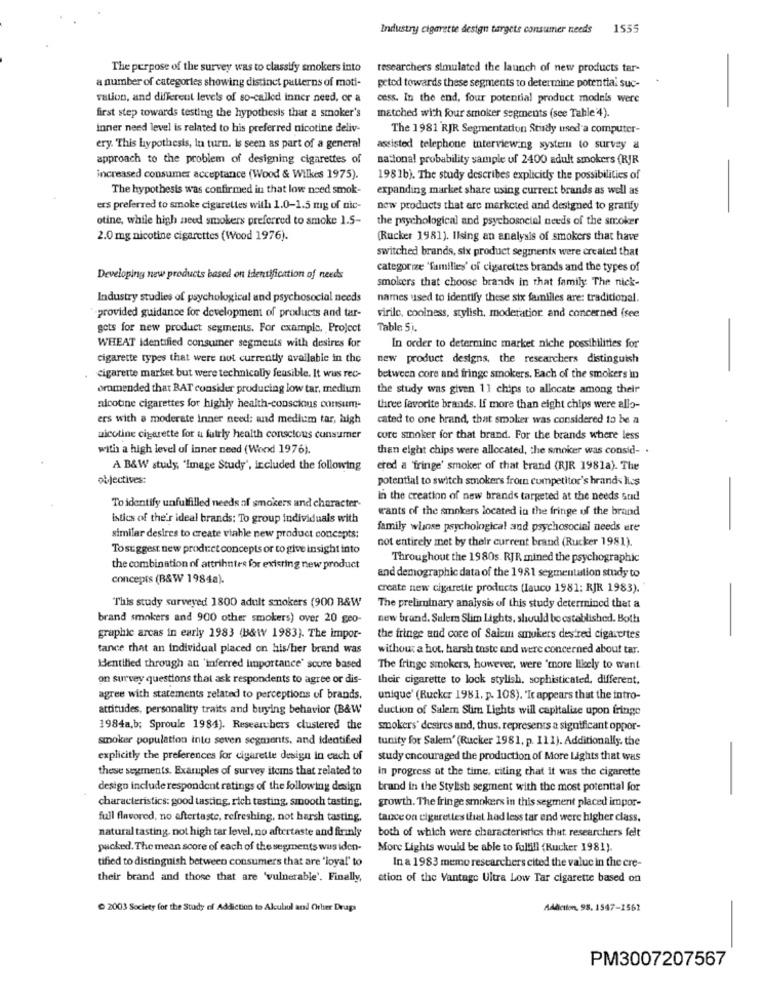
Industry cigarette design targets consumer needs
1555
The purpose of the survey was to classify smokers into
researchers simulated the launch of new products tar-
a number of categories showing distinct patterns of moti-
getod towards these segments to determine potential suc-
vation, and different levels of so-called inner need, or a
cess. In the end, four potential product models were
first step towards testing the hypothesis that a smoker's
matched with four smoker segments (see Tahle'4).
inner need level is related to his preferred nicotine deliv-
The 1981 RJR Segmentation Stisdy used a computer-
ery. This hypothesis, lu turn. is seen as part of a general
assisted telephone interviewing systern to survey a
approach to the problem of designing cigarettes of
national probability sample of 2400 adult smokers (RJR
increased consumer acceptance (Wood & Wilkes 1975).
1981b). The study describes explicitly the possibilities of
The hypothesis was confirmed in that low need smok-
expanding market share using current brands as well as
ers preferred to smoke cigarettes willa 1.0-1.5 mg of nic-
new products that are marketed and designed to gratify
otine, while high need smokers preferred to smoke 1.5-
the psychological and psychosocial needs of the smoker
2.0 mg nicotine cigarettes (Wood 1976).
(Rucker 1981). Ilsing an analysis of smokers that have
switched brands, six product segments were created that
categorize 'families' of cigarettes brands and the types of
Developing new products based on identification of needs
smokers that choose brands in that family The nick-
Industry studies of psychological and psychosocial needs
names used to identify these six familles are: traditional.
provided guidance for development of products and tar-
virile, coolness, stylish, moderatior and concerned (see
gets for new product segments. For example, Project
Table 51.
WHEAT Identified consumer segments with desires for
In order to determine market niche possibilities for
cigarette types that were not currently available in the
new product designs, the researchers distinguish
cigarette market but were technically feasible. It was rec-
between core and fringe smokers. Each of the smokers in
oromended that BAT consider producing low tar, medium
the study was given 11 chips to allocate among their
nicotine cigarettes for highly health-conscious consum-
three favorite brands. If more than eight chips were allo-
ers with a moderate inner need: and medium tar, high
cated to one brand, that smoker was considered to be a
nicotine cigarette for a fairly health conscious cunsumer
core smoker for that brand. For the brands where less
with a high level of inner need (Wond 1976).
then eight chips were allocated, the smoker was consid- .
A B&W study, "Image Study', included the following
ered a 'fringe' smoker of that brand (RJR 1981a). The
objectives:
potential to switch smokers from competitor's brands lics
in the creation of new brands targeted at the needs stad
To identify unfulfilled needs of smokers and character-
wants of the smokers located in the fringe of the brand
istics of the'r ideal brands: To group individuals with
family whose psychological and psychosocial needs ere
similar desires to create viable new product concepts:
not entirely met by their current brand (Rucker 1981).
Tosuggest new product concepts or to give insight into
Throughout the 1980s. RJR mined the psychographic
the combination of attrihntes for existing new product
concepts (B&W 1984a).
and demographic data of the 1981 segmentation study to
create new cigarette products (lauco 1981: RJR 1983).
This study surveyed 1800 adult smokers (900 B&W
The preliminary analysis of this study determined that a
brand smokers and 900 other smokers) over 20 geo-
new brand. Sulem Slim Lights, should be established. Both
graphic arcas in early 1983 (B&W 1983). The impor-
the fringe and core of Saleun smokers desired cigarettes
tance that an individual placed on his/her brand was
without a hot, harsh taste and were concerned about tar.
Hentihed through an 'inferred importance' scure based
The fringe smokers, however, were 'more likely to want
on survey questions that ask respondents to agree or dis-
their cigarette to lock stylish, sophisticated, different.
agree with statements related to perceptions of brands.
unique' (Rucker 1981, p. 108). "It appears that the intro-
attitudes, personality traits and buying behavior (B&W
duction of Salem Slim Lights will capitalize upon fringe
1984a,b; Sproule 1984). Researchers clustered the
smokers' desires and, thus, represents a significant oppor-
smoker population inte seven segments, and Identified
tunity for Salem' (Rucker 1981, p. 111). Additionally, the
-
explicitly the preferences for cigarette design in each of
study encouraged the production of More Lights that was
these segments. Examples of survey items that related to
in progress at the time, citing that it was the cigarette
design include respondent ratings of the following design
brand in the Stylish segment with the most potential for
characteristics: good tasting, rich testing, smooth tasting.
growth. The fringe smokers in this segment placed impor-
full flavored, no aftertaste, refreshing, not harsh tasting.
tance on cigarettes that had less tar end were higher class.
natural tasting. not high tar level, no aftertaste and firmly
both of which were characteristics that researchers felt
packed. The mean score of each of the segments wus iden-
More Lights would be able to fulfill (Rucker 1981).
tified to distinguish between consumers that are 'loyal' to
In a 1983 memo researchers cited the value in the cre-
their brand and those that are 'vulnerable'. Finally,
ation of the Vantage Ultra Low Tar cigarette based on
2003 Society for the Study of Addiction to Alcubul and Other Draps
Addiction, 98. 1547-1561
PM3007207567